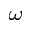
_ \omega